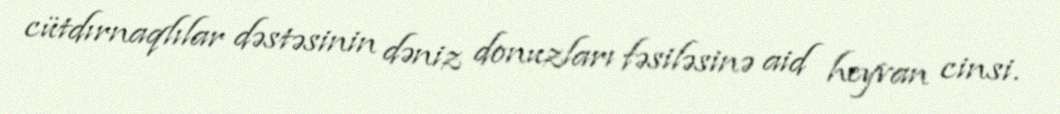
cütdırnaqlılar dəstəsinin dəniz donuzları fəsiləsinə aid heyvan cinsi.